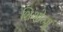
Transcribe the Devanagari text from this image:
शिओत्जू